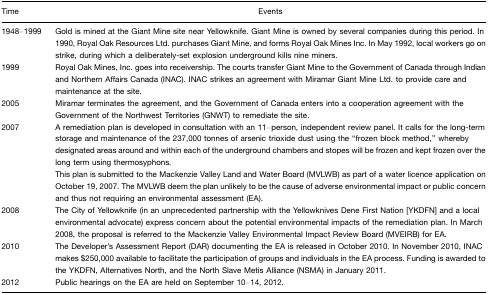
<table><thead><tr><td><b>Time</b></td><td><b>Events</b></td></tr></thead><tbody><tr><td>1948–1999</td><td>Gold is mined at the Giant Mine site near Yellowknife. Giant Mine is owned by several companies during this period. In 1990, Royal Oak Resources Ltd. purchases Giant Mine, and forms Royal Oak Mines Inc. In May 1992, local workers go on strike, during which a deliberately-set explosion underground kills nine miners.</td></tr><tr><td>1999</td><td>Royal Oak Mines, Inc. goes into receivership. The courts transfer Giant Mine to the Government of Canada through Indian and Northern Affairs Canada (INAC). INAC strikes an agreement with Miramar Giant Mine Ltd. to provide care and maintenance at the site.</td></tr><tr><td>2005</td><td>Miramar terminates the agreement, and the Government of Canada enters into a cooperation agreement with the Government of the Northwest Territories (GNWT) to remediate the site.</td></tr><tr><td>2007</td><td>A remediation plan is developed in consultation with an 11–person, independent review panel. It calls for the long-term storage and maintenance of the 237,000 tonnes of arsenic trioxide dust using the “frozen block method,” whereby designated areas around and within each of the underground chambers and stopes will be frozen and kept frozen over the long term using thermosyphons.This plan is submitted to the Mackenzie Valley Land and Water Board (MVLWB) as part of a water licence application on October 19, 2007. The MVLWB deem the plan unlikely to be the cause of adverse environmental impact or public concern and thus not requiring an environmental assessment (EA).</td></tr><tr><td>2008</td><td>The City of Yellowknife (in an unprecedented partnership with the Yellowknives Dene First Nation [YKDFN] and a local environmental advocate) express concern about the potential environmental impacts of the remediation plan. In March 2008, the proposal is referred to the Mackenzie Valley Environmental Impact Review Board (MVEIRB) for EA.</td></tr><tr><td>2010</td><td>The Developer&#x27;s Assessment Report (DAR) documenting the EA is released in October 2010. In November 2010, INAC makes $250,000 available to facilitate the participation of groups and individuals in the EA process. Funding is awarded to the YKDFN, Alternatives North, and the North Slave Metis Alliance (NSMA) in January 2011.</td></tr><tr><td>2012</td><td>Public hearings on the EA are held on September 10–14, 2012.</td></tr></tbody></table>